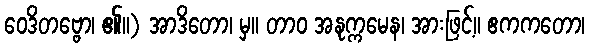
ဝေဒိတဗ္ဗော၊ ၏။) အာဒိတော၊ မှ။ တာဝ အနုက္ကမေန၊ အားဖြင့်။ ဧကကတော၊